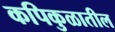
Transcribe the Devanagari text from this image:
कपिकुळातील